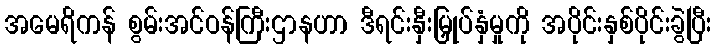
အမေရိကန် စွမ်းအင်ဝန်ကြီးဌာနဟာ ဒီရင်းနှီးမြှုပ်နှံမှုကို အပိုင်းနှစ်ပိုင်းခွဲပြီး